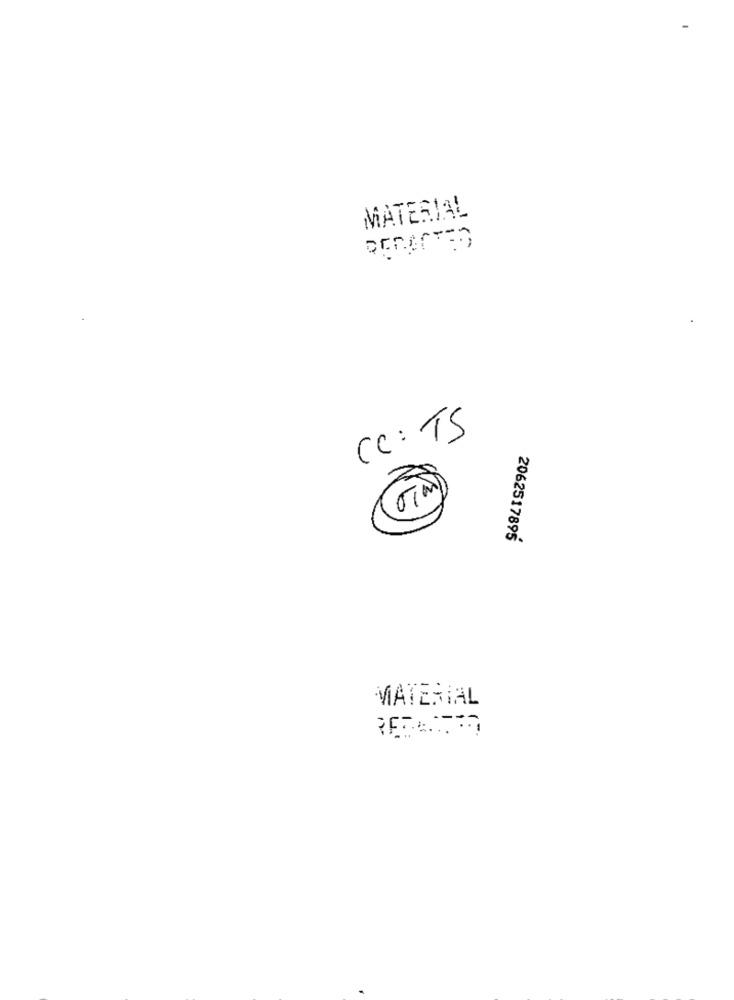
MATERIAL
CC: TS
2062517895
MATERIAL